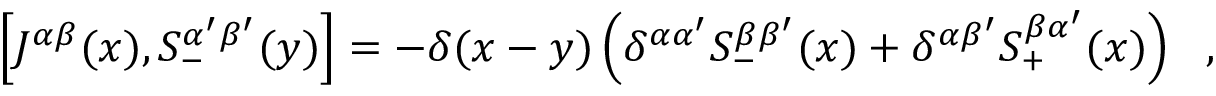
\left[ J ^ { \alpha \beta } ( x ) , S _ { - } ^ { \alpha ^ { \prime } \beta ^ { \prime } } ( y ) \right] = - \delta ( x - y ) \left( \delta ^ { \alpha \alpha ^ { \prime } } S _ { - } ^ { \beta \beta ^ { \prime } } ( x ) + \delta ^ { \alpha \beta ^ { \prime } } S _ { + } ^ { \beta \alpha ^ { \prime } } ( x ) \right) ~ ~ ,